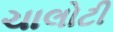
ચાલોટી